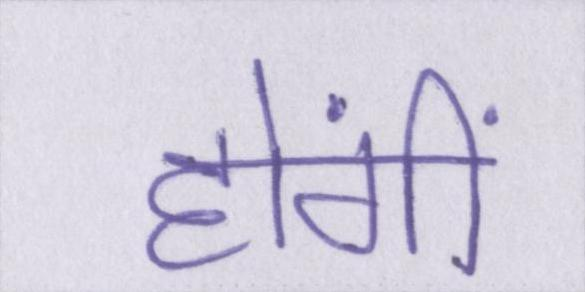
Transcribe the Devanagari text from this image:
होंगीं